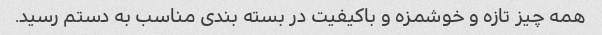
همه چیز تازه و خوشمزه و باکیفیت در بسته بندی مناسب به دستم رسید.